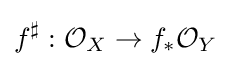
f^{\sharp }:{\mathcal {O}}_{X}\to f_{*}{\mathcal {O}}_{Y}